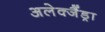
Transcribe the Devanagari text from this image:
अलेक्जैंड्रा